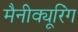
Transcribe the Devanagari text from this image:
मैनीक्यूरिंग